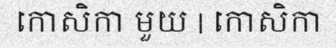
កោសិកា មួយ | កោសិកា